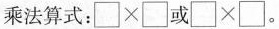
乘法算式：\Box \times \Box 或 \Box \times \Box 。